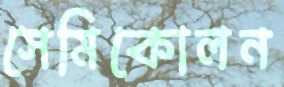
সেমিকোলন